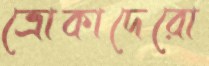
ত্রোকাদেরো